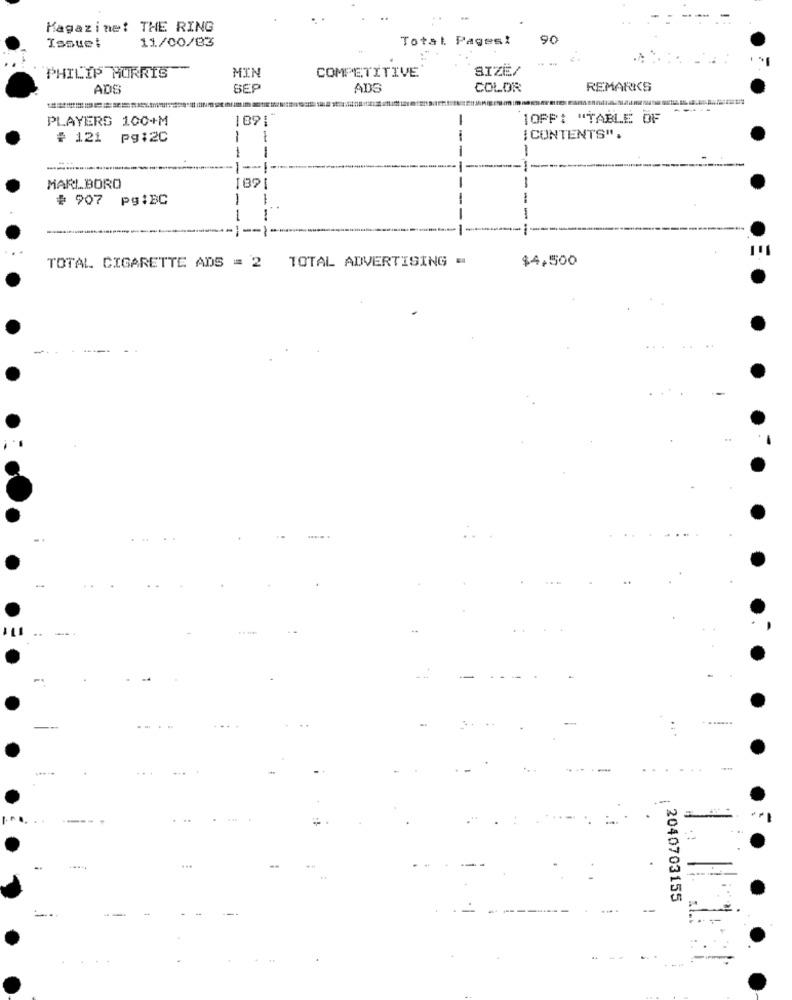
Magazine: THE RING
11/00/03
Total Pages!
90
Issue:
PHILIP MORRIS
MIN
SIZE/
COMPETITIVE
ADS
SEP
ADS
COLOR
REMARKS
PLAYERS 100+M
1OPP: "TABLE OF
# 121
pg:2C
CONTENTS".
--
--
MARLBORO
# 907 pg:BC
-
-
$4,500
TOTAL CIGARETTE ADS = 2 TOTAL ADVERTISING =
..
......
2040703155